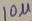
Text: 10µ